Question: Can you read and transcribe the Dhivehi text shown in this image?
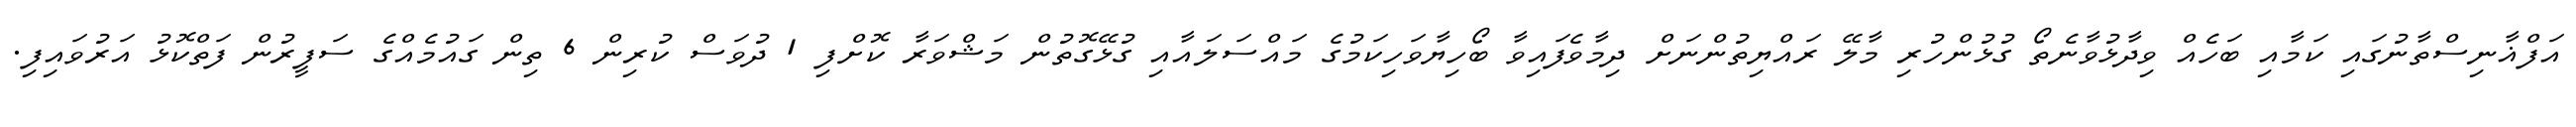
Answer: އަފްޣާނިސްތާނުގައި ކަމާއި ބަހެއް ވިދާޅުވާނެތޯ ގުޅުންހުރި މާލޭ ރައްޔިތުންނަށް ދިމާވެފައިވާ ބޯހިޔާވަހިކަމުގެ މައްސަލައާއި ގުޅޭގޮތުން މަޝްވަރާ ކޮށްފި 1 ދުވަސް ކުރިން 6 ތިން ގައުމެއްގެ ސަފީރުން ފަތްކޮޅު އަރުވައިފި.